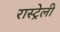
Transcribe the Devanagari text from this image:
रास्ट्रेली